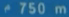
750 m